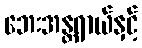
ဘေးအန္တရာယ်နှင့်